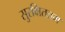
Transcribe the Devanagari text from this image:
सुरक्षिततम